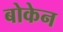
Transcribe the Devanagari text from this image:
बोकेन